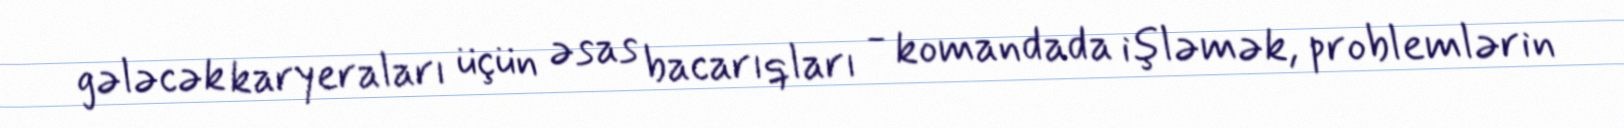
gələcək karyeraları üçün əsas bacarıqları - komandada işləmək, problemlərin